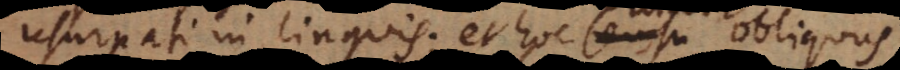
urpati in linguis; et hoc sensu obliquus